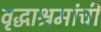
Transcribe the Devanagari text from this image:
वृद्धाश्रमांची